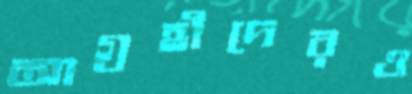
আগ্রহীদেরও